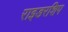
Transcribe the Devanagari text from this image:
राइडरशिप